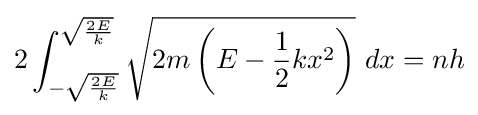
2\int _{-{\sqrt {\frac {2E}{k}}}}^{\sqrt {\frac {2E}{k}}}{\sqrt {2m\left(E-{\frac {1}{2}}kx^{2}\right)}}\ dx=nh